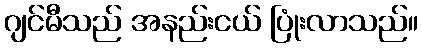
ဂျင်မီသည် အနည်းငယ် ပြုံးလာသည်။